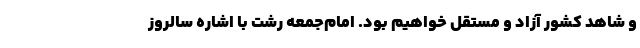
و شاهد کشور آزاد و مستقل خواهیم بود. امام‌جمعه رشت با اشاره سالروز